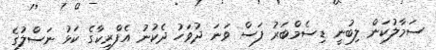
ސަމާލުކަން ލިބުނީ ޑިސެމްބަރު ފަސް ވަނަ ދުވަހު ދެކުނު އެފްރިކާގެ ކަޅު ނަސްލުގެ